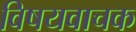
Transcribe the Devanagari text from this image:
विषयवाचक